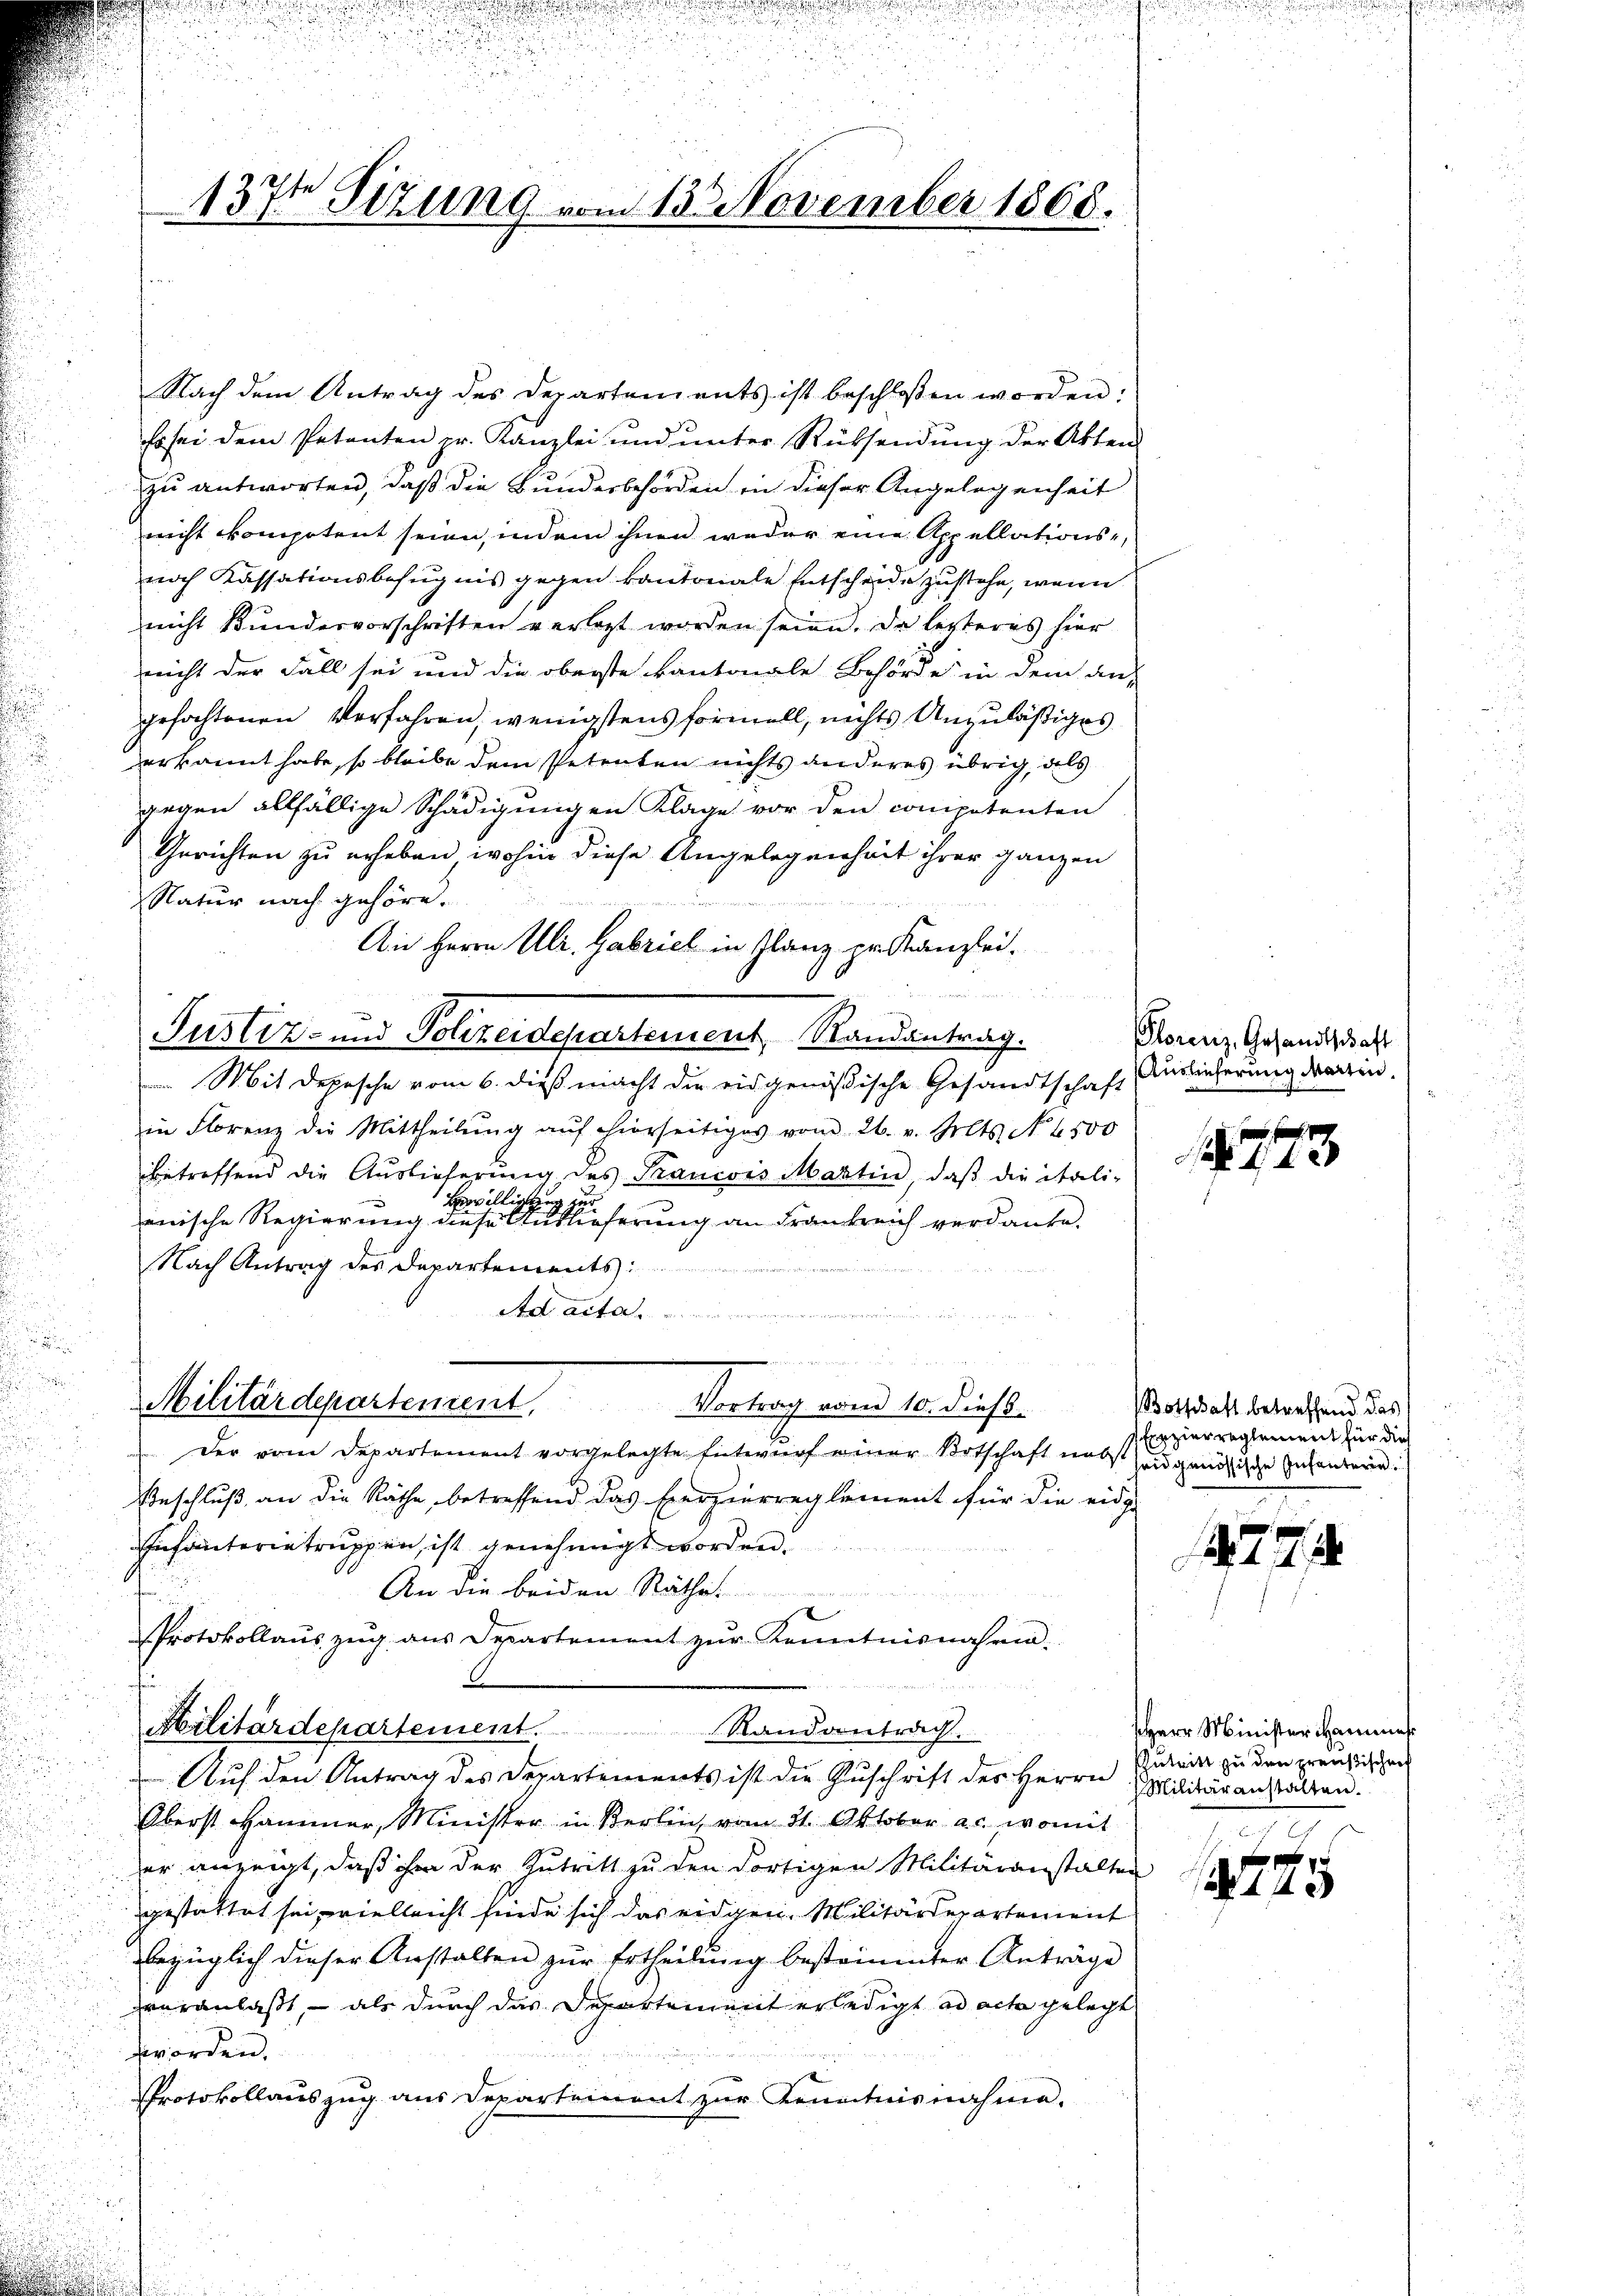
se
137. Sizung vom 13. November 1868.

Nach dem Antrag des Departements ist beschloßen worden:
Es sei dem Petenten pr. Kanzlei und ŭnter Rüksendŭng der Akten
zu antworten, daß die Bundesbehörden in dieser Angelegenheit
nicht kompotent seien, indem ihnen weder eine Appellations-
noch Kassationsbefugnis gegen kantonale Entscheide zustehe, wenn
nicht kundesvorschriften verlegt worden seien. Da lezteres hier
neicht der Fall sei und die oberste kantonale Behörde in dem an-
gefochtenen Verfahren, wenigstens formell, nichts Anzuläßiges
erkannt habe, so bleibe dem Petenten nichts anderes übrig, als
gegen allfällige Schädigungen Klage vor den compotenten
Gerichten zu erheben, wohin diese Angelegenheit ihrer ganzen
Natur nach gehöre.
Ain Herrn Ulr. Gabriel in Glanz pr. Kanzlei.
u
Justiz- und Polizeidepartement, Randantrag.
Mit Depesche vom 6. dieß macht die eidgenößische Gesandtschaft Auslieferung darin,
in Florenz die Mittheilŭng aŭf hierseitiges vom 26. v. Mts. N. 4500
betreffend die Auslieferŭng des Francois Martin, daβ die itali-
Bewilligung zu
enische Regierung diese Auslieferung an Frankreich verdanke.
Nach Antrag des Departements:
Ad acta.
n
Militärdepartement
Vortrag vom 10. dieß.
 Der vom Departement vorgelegte Entwurf einer Botschaft nach Zeugenössische Zuhandern
Beschluß, an die Räthe, betreffend das Exerzierreglement für die eidg.
Inhäuterietruppen, ist genehmigt worden.
An die beiden Räthe
i
Protokollaŭs zŭg aŭs Departement zŭr Kenntnisnahme.
Militärdepartement.
Randantrach.
Auf den Antrag des Departements ist die Zuschrift des Herrn Zulein zu den preußischen
Oberst Hammer, Minister in Berlin vom 21. Oktober ac., womit
er anzeigt, daß ihm der Zutritt zu den dortigen Militäranstalten
gestattet sei, vielleicht finde sich das eidgen. Militärdepartement
bezüglich dieser Anstalten zur Ertheilung bestimmter Anträge
veranlaßt, – als durch das Departement erledigt ad acta gelegt
worden.
Protokollauszug aus Departement zur Kenntnisnahme.

Plorenz, Gesandtschaft

44

Botschaft betreffend das
Erzierreglement für die

77

HHerr Minister Hammes
Militäranstalten.

44